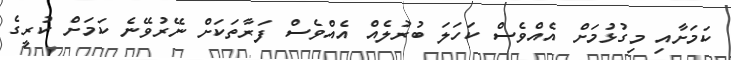
ކަމަށާއި މިގުޅުމަށް އެއްވެސް ކަހަލަ ބުރުލެއް އެއްވެސް ފަރާތަކަށް ނޭރުވޭނެ ކަމަށް ކުރީގެ